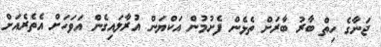
ޖަނާގެ ހިތް ބާރު ބާރަށް ތެޅެން ފެށުމުން އަކްޔަން އުރާލައިގެން އަވަހަށް އެތެރެއަށް